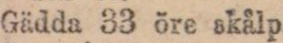
Gädda 33 öre skålp.